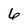
Character: 6